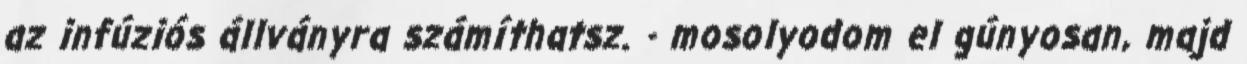
az infúziós állványra számíthatsz. - mosolyodom el gúnyosan, majd